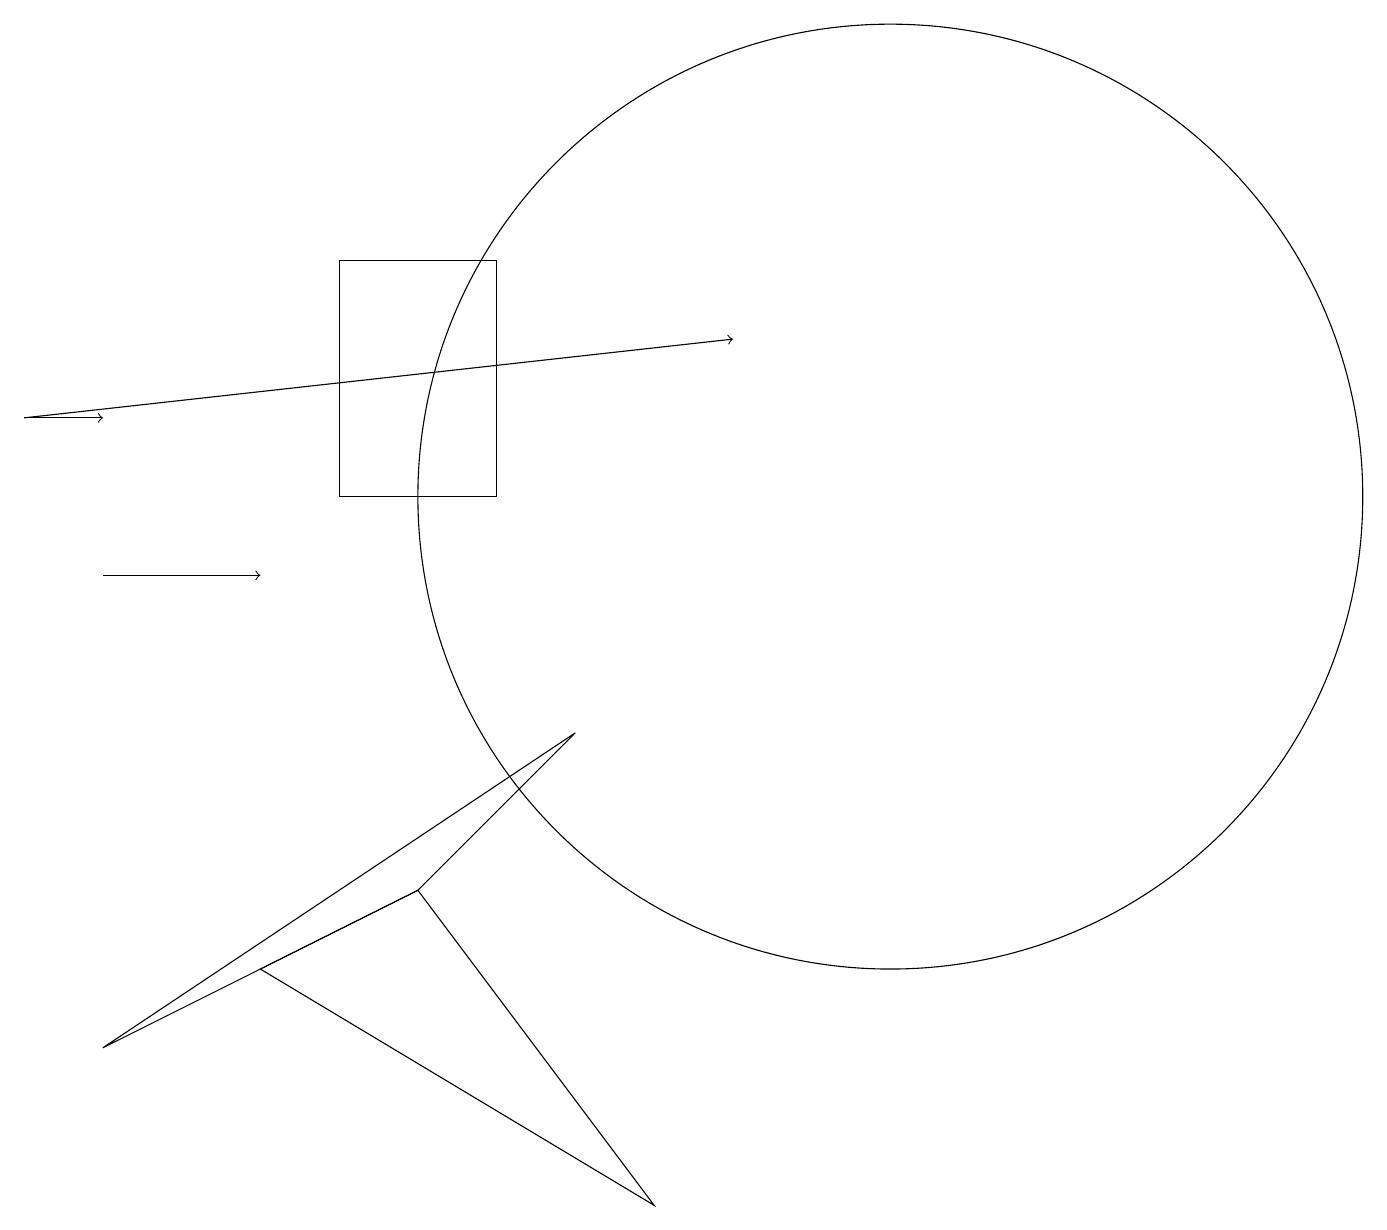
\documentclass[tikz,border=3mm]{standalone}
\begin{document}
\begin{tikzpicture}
\draw (7,8) -- (1,4) -- (5,6) -- cycle;
\draw[->] (1,10) -- (3,10);
\draw (4,14) rectangle (6,11);
\draw[->] (0,12) -- (9,13);
\draw (11,11) circle (6);
\draw (3,5) -- (5,6) -- (8,2) -- cycle;
\draw[->] (0,12) -- (1,12);
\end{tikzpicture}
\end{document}